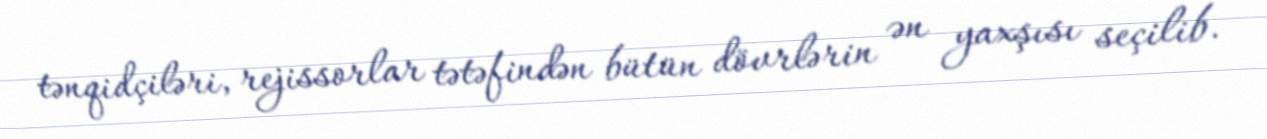
tənqidçiləri, rejissorlar tətəfindən bütün dövrlərin ən yaxşısı seçilib.